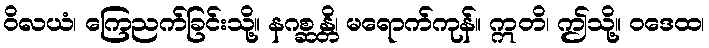
ဝိလယံ၊ ကြေညက်ခြင်းသို့။ နဂစ္ဆန္တိ၊ မရောက်ကုန်။ ဣတိ၊ ဤသို့။ ဝဒေထ၊